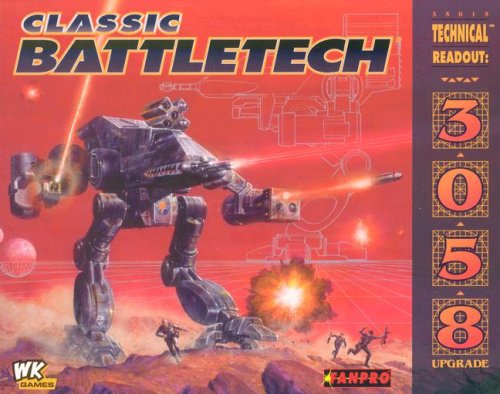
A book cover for Classic Battletech: Technical Readout 3058 Upgrade (FPR35015); Herbert A.; Science Fiction & Fantasy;